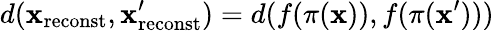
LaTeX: d({\mathbf x}_{\mathrm{reconst}},{\mathbf x}_{\mathrm{reconst}}^{\prime})=d(f(\pi({\mathbf x})),f(\pi({\mathbf x}^{\prime})))